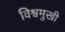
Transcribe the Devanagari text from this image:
विश्वमुखी